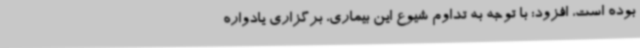
بوده است، افزود: با توجه به تداوم شیوع این بیماری، برگزاری یادواره